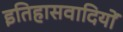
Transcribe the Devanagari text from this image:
इतिहासवादियों